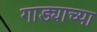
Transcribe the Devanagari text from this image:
गाड्याच्या